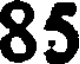
85